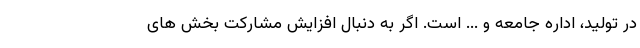
در تولید، اداره جامعه و ... است. اگر به دنبال افزایش مشارکت بخش های